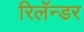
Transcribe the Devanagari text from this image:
रिलॅन्डर